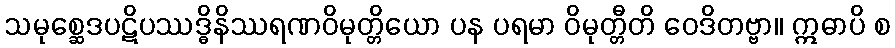
သမုစ္ဆေဒပဋိပဿဒ္ဓိနိဿရဏဝိမုတ္တိယော ပန ပရမာ ဝိမုတ္တီတိ ဝေဒိတဗ္ဗာ။ ဣဓာပိ စ